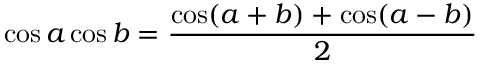
\cos a \cos b = { \frac { \cos ( a + b ) + \cos ( a - b ) } { 2 } }